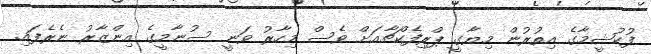
ފުކުޝީމާގެ އިތުރުން މިޔާގީ ޕްރިފެކްޗާއަށް ވެސް މިހާރު ވަނީ ސުނާމީގެ އިންޒާރު ނެރެފައި.